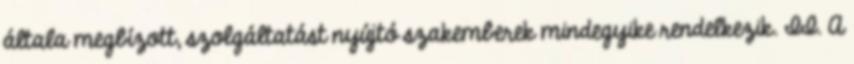
általa megbízott, szolgáltatást nyújtó szakemberek mindegyike rendelkezik. II. A